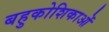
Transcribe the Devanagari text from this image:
बहुकोशिकाओं